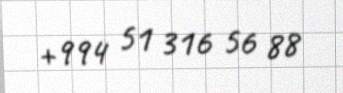
+994 51 316 56 88